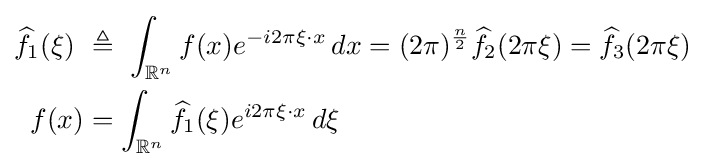
{\begin{aligned}{\widehat {f}}_{1}(\xi )\ &\triangleq \ \int _{\mathbb {R} ^{n}}f(x)e^{-i2\pi \xi \cdot x}\,dx=(2\pi )^{\frac {n}{2}}{\widehat {f}}_{2}(2\pi \xi )={\widehat {f}}_{3}(2\pi \xi )\\f(x)&=\int _{\mathbb {R} ^{n}}{\widehat {f}}_{1}(\xi )e^{i2\pi \xi \cdot x}\,d\xi \end{aligned}}